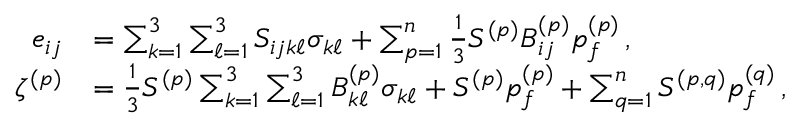
\begin{array} { r l } { e _ { i j } } & { = \sum _ { k = 1 } ^ { 3 } \sum _ { \ell = 1 } ^ { 3 } S _ { i j k \ell } \sigma _ { k \ell } + \sum _ { p = 1 } ^ { n } \frac { 1 } { 3 } S ^ { ( p ) } B _ { i j } ^ { ( p ) } p _ { f } ^ { ( p ) } \, , } \\ { \zeta ^ { ( p ) } } & { = \frac { 1 } { 3 } S ^ { ( p ) } \sum _ { k = 1 } ^ { 3 } \sum _ { \ell = 1 } ^ { 3 } B _ { k \ell } ^ { ( p ) } \sigma _ { k \ell } + S ^ { ( p ) } p _ { f } ^ { ( p ) } + \sum _ { q = 1 } ^ { n } S ^ { ( p , q ) } p _ { f } ^ { ( q ) } \, , } \end{array}